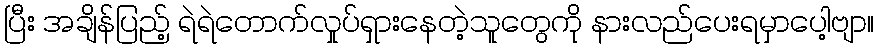
ပြီး အချိန်ပြည့် ရဲရဲတောက်လှုပ်ရှားနေတဲ့သူတွေကို နားလည်ပေးရမှာပေါ့ဗျာ။